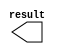
module lpm_constant_x3 (
	result);

	output	[10:0]  result;

endmodule